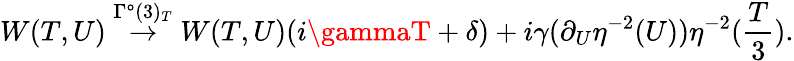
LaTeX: W(T,U)\stackrel{\Gamma^{\mathtt{o}}(3)_{T}}{\rightarrow}W(T,U)(i\gammaT+\delta)+i\gamma(\partial_{U}\eta^{-2}(U))\eta^{-2}(\frac{{T}}{{3}}).